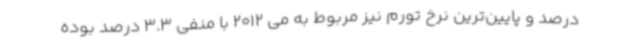
درصد و پایین‌ترین نرخ تورم نیز مربوط به می 2012 با منفی 3.3 درصد بوده